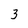
Character: 3